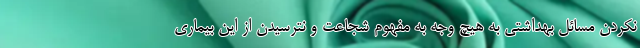
نکردن مسائل بهداشتی به هیچ وجه به مفهوم شجاعت و نترسیدن از این بیماری